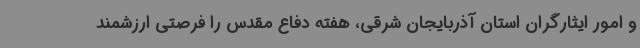
و امور ایثارگران استان آذربایجان شرقی، هفته دفاع مقدس را فرصتی ارزشمند